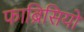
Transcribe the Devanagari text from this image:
फाब्रिसियो